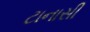
ટાનાસી